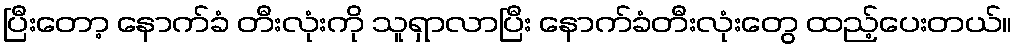
ပြီးတော့ နောက်ခံ တီးလုံးကို သူရှာလာပြီး နောက်ခံတီးလုံးတွေ ထည့်ပေးတယ်။